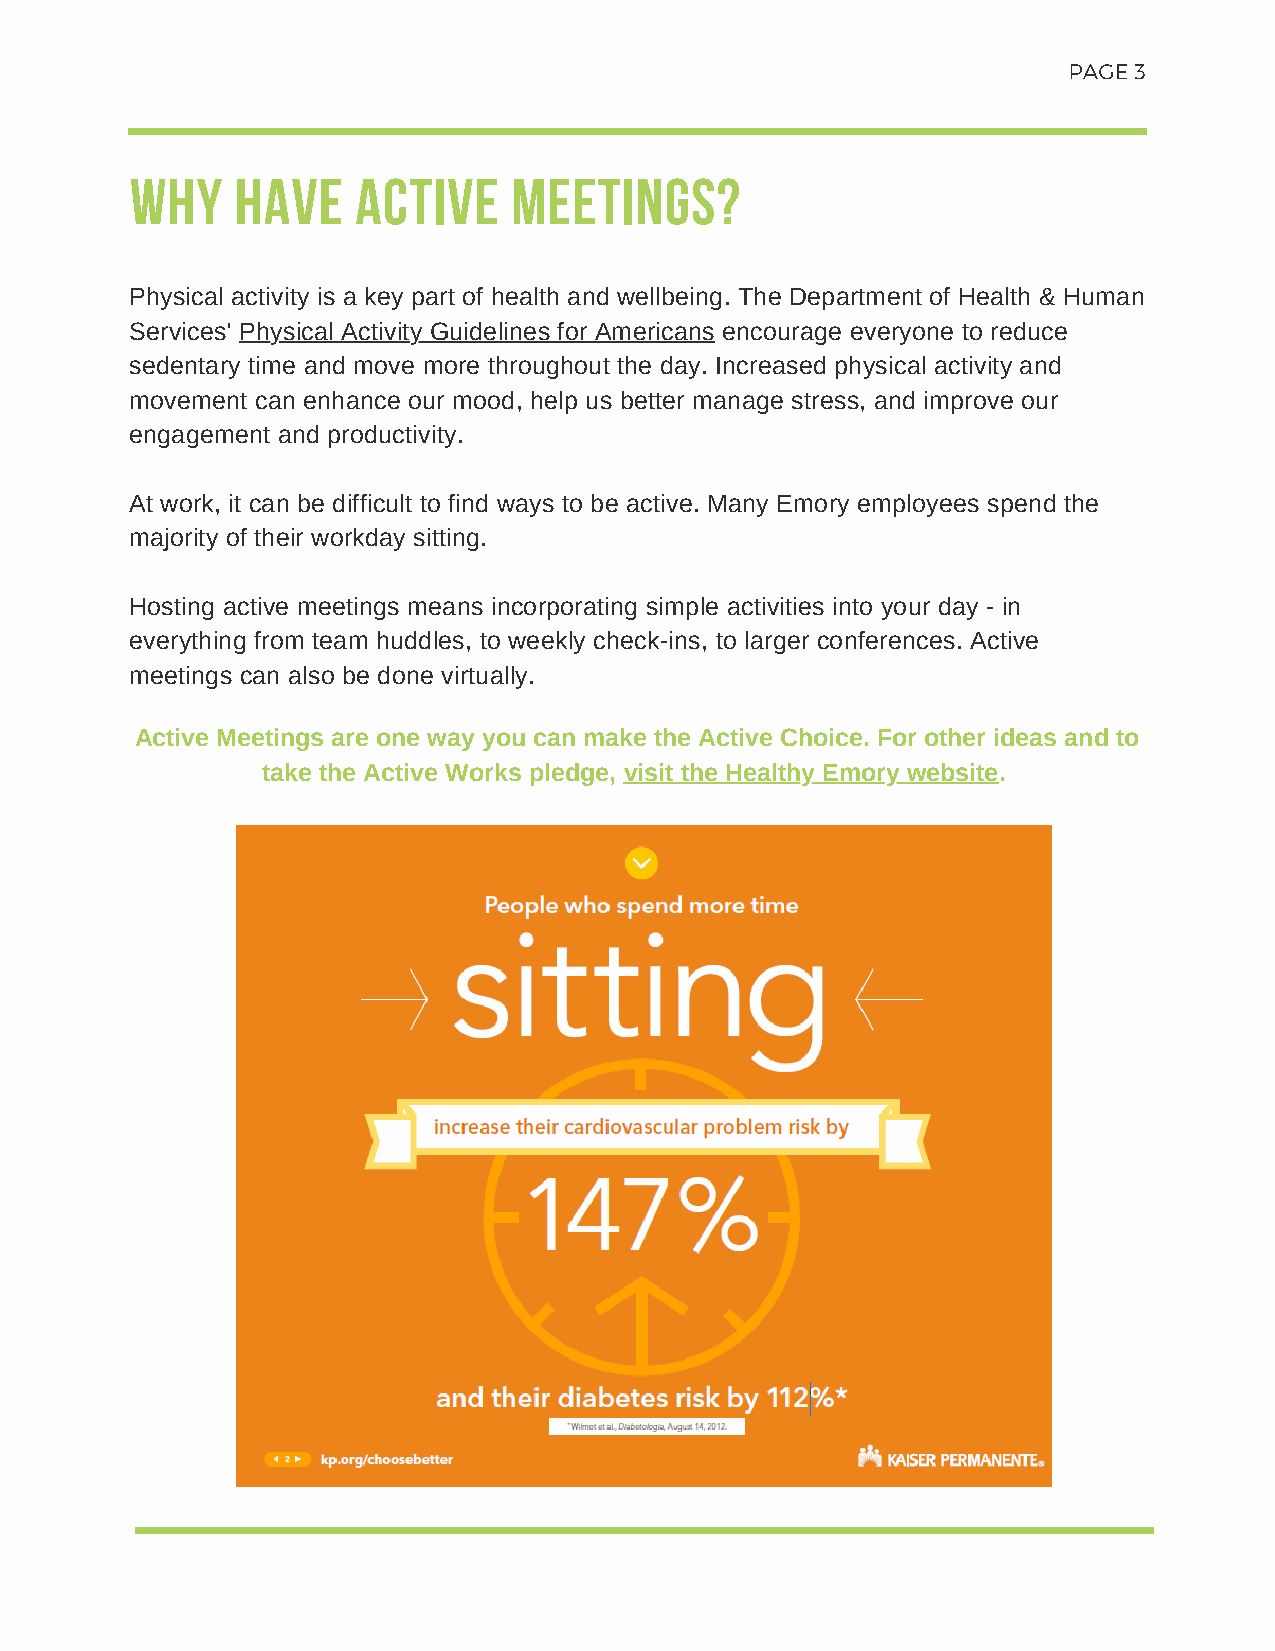
PAGE 3
 WHY    HAVE    ACTIVE    MEETINGS?
 Physical activity is a key part of health and wellbeing. The Department of Health & Human
 Services' Physical Activity Guidelines for Americans encourage everyone to reduce
 sedentary time and move more throughout the day. Increased physical activity and
 movement can enhance our mood, help us better manage stress, and improve our
 engagement and productivity.
 At work, it can be difficult to find ways to be active. Many Emory employees spend the
 majority of their workday sitting.
 Hosting active meetings means incorporating simple activities into your day - in
 everything from team huddles, to weekly check-ins, to larger conferences. Active
 meetings can also be done virtually.
 Active Meetings are one way you can make the Active Choice. For other ideas and to
 take the Active Works pledge, visit the Healthy Emory website.